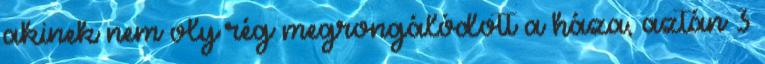
akinek nem oly rég megrongálódott a háza, aztán 3